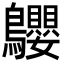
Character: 𪈤